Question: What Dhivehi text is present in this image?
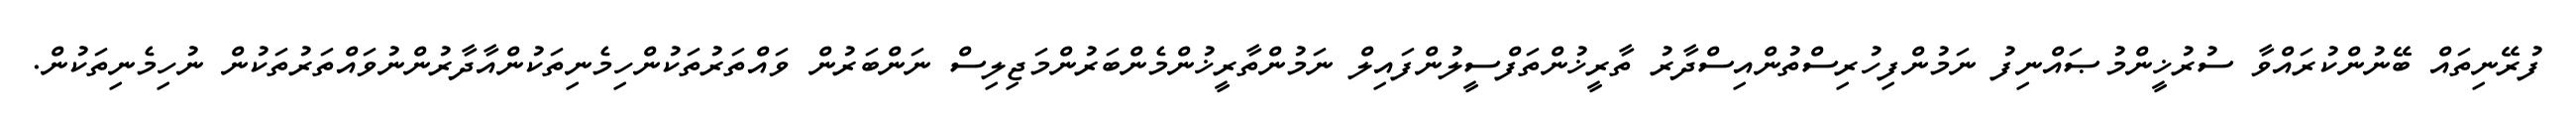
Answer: ފުރޭނިތައް ބޭނުންކުރައްވާ ސުރުޚީންމުޞައްނިފު ނަމުންފިހުރިސްތުންއިސްދާރު ތާރީޚުންތަފްސީލުންފައިލް ނަމުންތާރީޚުންމެންބަރުންމަޖިލިސް ނަންބަރުން ވައްތަރުތަކުންހިމެނިތަކުންއާދާރުންނުވައްތަރުތަކުން ނުހިމެނިތަކުން.